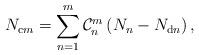
LaTeX: \begin{align*}N_{\mathrm{c}m}=\sum_{n=1}^{m}\mathcal{C}_{n}^{m}\left(N_{n}-N_{\mathrm{d}n}\right),\end{align*}